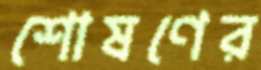
শোষণের